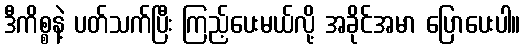
ဒီကိစ္စနဲ့ ပတ်သက်ပြီး ကြည့်ပေးမယ်လို့ အခိုင်အမာ ပြောပေးပါ။